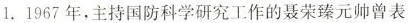
1.1967年，主持国防科学研究工作的聂荣臻元帅曾表